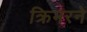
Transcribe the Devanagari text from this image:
क्रिमरने